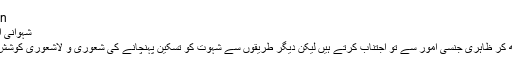
goo.gl/s9wZOn
شہوانی امور میں ملوث ہونا
کچھ لوگ روزہ رکھ کر ظاہری جنسی امور سے تو اجتناب کرتے ہیں لیکن دیگر طریقوں سے شہوت کو تسکین پہنچانے کی شعوری و لاشعوری کوشش کرتے رہتے ہیں ۔